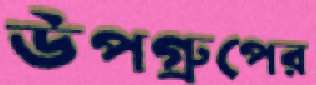
উপগ্রুপের